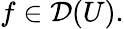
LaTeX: f\in{\mathcal{D}}(U).